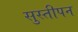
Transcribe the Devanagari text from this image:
सुस्तीपन